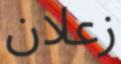
زعلان